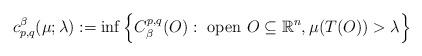
LaTeX: \begin{align*}c^\beta_{p,q}(\mu; \lambda):=\inf\Big\{C^{p,q}_\beta(O):\ \hbox{open}\ O\subseteq\mathbb R^{n}, \mu(T(O))>\lambda\Big\}\end{align*}